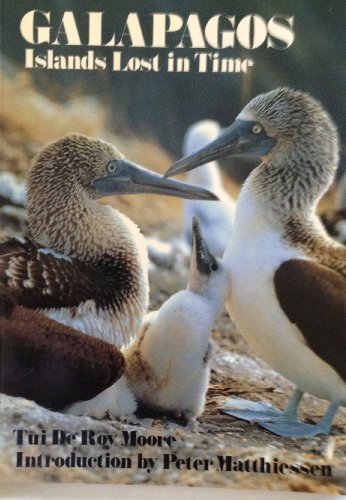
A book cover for Galapagos : Islands Lost in Time; Tui De Roy Moore; Travel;